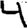
Digit: 4